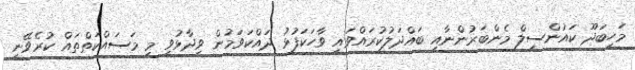
މަހިބަދޫ ކައުންސިލް މެންބަރުންނާއި ބައްދަލުކުރައްވައި ވާހަކަފުޅު ދައްކަވަމުން ވިދާޅުވީ މި މަސައްކަތްތައް ކުރެވޭނީ